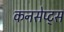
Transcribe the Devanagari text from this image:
कनसेप्ट्स